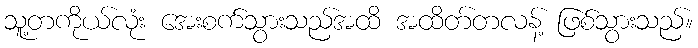
သူ့တကိုယ်လုံး အေးစက်သွားသည်အထိ အထိတ်တလန့် ဖြစ်သွားသည်။